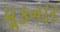
મૂકનાર